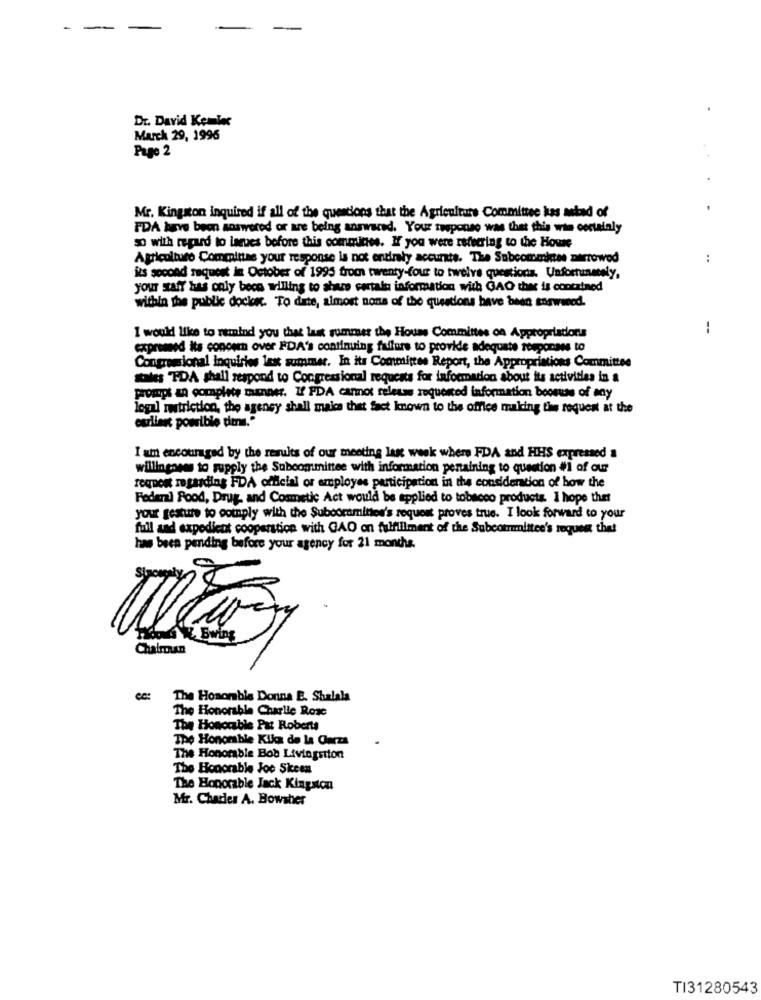
- -
Dr. David Kemler
March 29, 1996
Page 2
Mr. Kingston inquired if all of the questions that the Agriculture Committee kas astad of
FDA have been answered or are being answered. Your response was that this win certainly
go with regard to laeves before this committee. If you were referring to the House
Agriculture Committee your response la not entirely accurate. The Subcommittee narrowed
..
its second request in October of 1995 from twenty-four to twelve questions. Unfortunately,
your staff bas only bece willing to share certain information with GAO the is contained
within the public docker. To date, almost none of the questions have been answered.
--
I would like to remind you that last summer the House Committee on Appropriations
expremed its concern over PDA's continuing failure to provide adequate temponses to
Congressional Inquiries last summer. In its Committee Report, the Appropriatio
priations Committee
stales TDA shall respond to Congressional requests for information about its activities in a
prompt an complete manner. If FDA caros release requested information boons of any
legal striction, the agency shall mais that fact known to the office making the request at the
csrliant possible tiene."
I am encouraged by the results of our meeting last week where FDA and HHS expressed a
willingness to supply the Subcommittee with information pertaining to question #1 of our
request regarding FDA official or employee participation in the consideration of how the
Federal Rood, Drug, and Cosmetic Act would be applied to tobacco products. I hope that
your gesture to comply with the Subooromitted's request proves true. I look forward to your
full and expedient cooperation with GAO on fulfillment of the Subcommittee's request the!
has been pending before your agency for 21 months.
Chalman
The Hosomble Donna E. Shalala
The Honorable Charlie Rose
The Honorable Pat Roberts
The Honomble Kika de la Garza
The Honorable Bob Livingston
The Honorable Joo Skeen
The Honorable Jack Kingston
Mr. Charles A. Bowsher
TI31280543